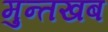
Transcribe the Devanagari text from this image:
मुन्तखब